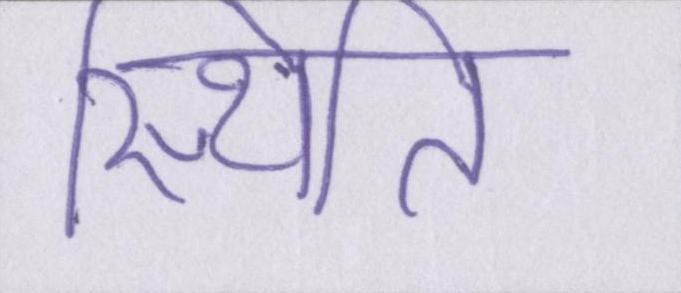
स्थिति